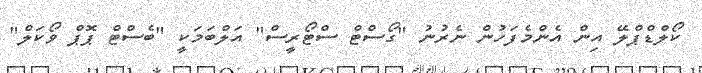
ކޯލްޑްޕްލޭ އިން އެންމެފަހުން ނެރުނު "ގޯސްޓް ސްޓޯރީސް" އަލްބަމަކީ "ބެސްޓް ޕޮޕް ވޯކަލް"